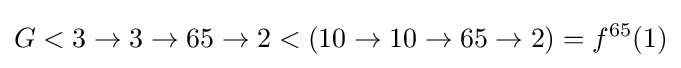
G<3\rightarrow 3\rightarrow 65\rightarrow 2<(10\to 10\to 65\to 2)=f^{65}(1)